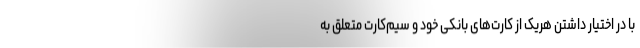
با در اختیار داشتن هریک از کارت‌های بانکی خود و سیم‌کارت متعلق به